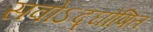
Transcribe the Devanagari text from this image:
सवोऽद्घोषित